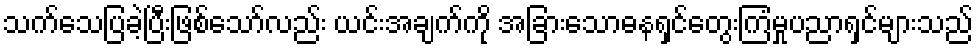
သက်သေပြခဲ့ပြီးဖြစ်သော်လည်း ယင်းအချက်ကို အခြားသောဓနရှင်တွေးကြံမှုပညာရှင်များသည်